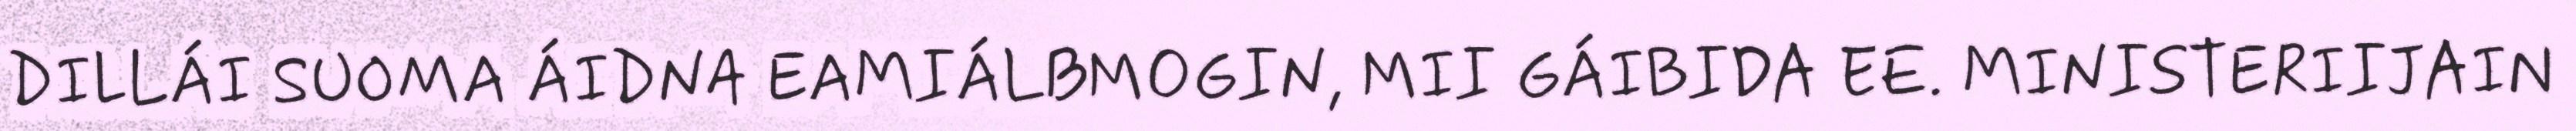
DILLÁI SUOMA ÁIDNA EAMIÁLBMOGIN, MII GÁIBIDA EE. MINISTERIIJAIN